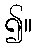
၍။